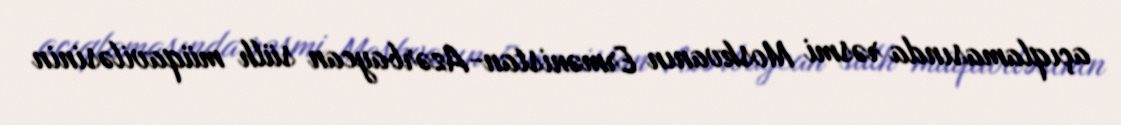
açıqlamasında rəsmi Moskvanın Ermənistan-Azərbaycan sülh müqaviləsinin